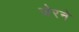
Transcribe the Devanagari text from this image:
जेरने